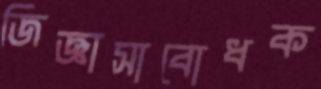
জিজ্ঞাসাবোধক